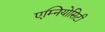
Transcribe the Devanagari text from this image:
एम्नियोसिटी